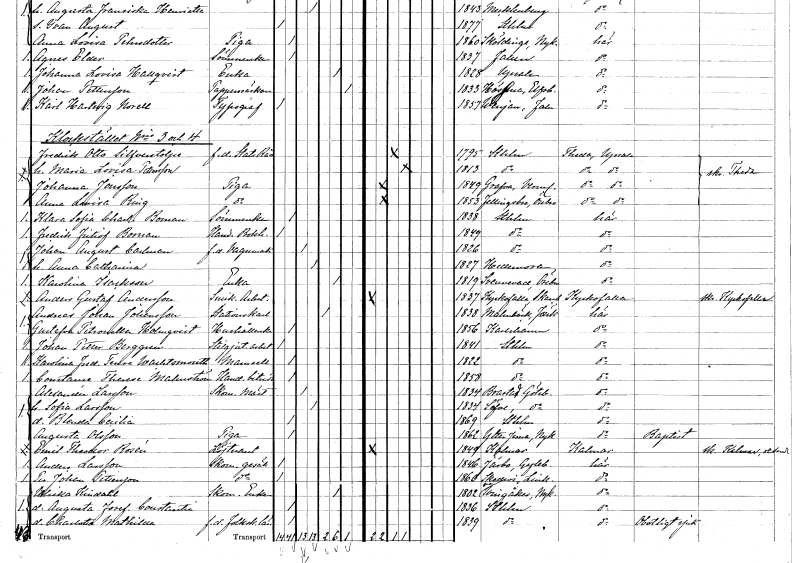
gt_parse: households: individuals: FN: Fredrik Otto
EN: Silfverstolpe
YRKE: Statsråd f.d.
KON: M
CIV: G
FODAR: 1795
FODFORS: Stockholm
FN: Maria Lovisa
EN: Pettersson
KON: K
CIV: G
FODAR: 1813
FODFORS: Stockholm
FN: Johanna
EN: Jonsson
YRKE: Piga
KON: K
CIV: O
FODAR: 1849
FODFORS: Grava Värmlands län
FN: Anna Lovisa
EN: Ring
YRKE: Piga
KON: K
CIV: O
FODAR: 1853
FODFORS: Fellingsbro Örebro län
FN: Klara Sofia Charlotta
EN: Boman
YRKE: Sömmerska
KON: K
CIV: O
FODAR: 1838
FODFORS: Stockholm
FN: Fredrik Fritiof
EN: Boman
YRKE: Handelsbokhållare
KON: M
CIV: O
FODAR: 1849
FODFORS: Stockholm
FN: Johan August
EN: Carlman
YRKE: Vagnmakare f.d.
KON: M
CIV: G
FODAR: 1826
FODFORS: Stockholm
FN: Anna Catharina
KON: K
CIV: G
FODAR: 1827
FODFORS: Hedemora Kopparbergs län
FN: Karolina
EN: Isackson
YRKE: Änka
KON: K
CIV: E
FODAR: 1819
FODFORS: Svennevad Örebro län
FN: Anders Gustaf
EN: Andersson
YRKE: Snickeriarbetare
KON: M
CIV: O
FODAR: 1837
FODFORS: Kyrkefalla Skaraborgs län
FN: Andreas Johan
EN: Johansson
YRKE: Stationskarl
KON: M
CIV: E
FODAR: 1838
FODFORS: Malmbäck Jönköpings län
FN: Gustafva Petronella
EN: Holmqvist
YRKE: Hushållerska
KON: K
CIV: O
FODAR: 1856
FODFORS: Karlshamn Blekinge län
FN: Johan Petter
EN: Berggren
YRKE: Stilgjuteriarbetare
KON: M
CIV: O
FODAR: 1841
FODFORS: Stockholm
FN: Karolina Fredrika Terese
EN: Wachtsmouth
KON: K
CIV: O
FODAR: 1822
FODFORS: Stockholm
FN: Constance Therese
EN: Malmström
YRKE: Handelsbiträde
KON: K
CIV: O
FODAR: 1858
FODFORS: Stockholm
FN: Alexander
EN: Larsson
YRKE: Skomakarmäster
KON: M
CIV: G
FODAR: 1834
FODFORS: Brastad Göteborgs- och Bohuslän
FN: Sofia
EN: Larsson
KON: K
CIV: G
FODAR: 1834
FODFORS: Säve Göteborgs- och Bohuslän
FN: Blenda Cecilia
KON: K
CIV: O
FODAR: 1869
FODFORS: Stockholm
FN: Augusta
EN: Olsson
YRKE: Piga
KON: K
CIV: O
FODAR: 1862
FODFORS: Ytterjärna Stockholms län
FN: Emil Theodor
EN: Rosén
YRKE: Löjtnant
KON: M
CIV: O
FODAR: 1849
FODFORS: Kalmar Kalmar län
FN: Anders
EN: Larsson
YRKE: Skomakaregesäll
KON: M
CIV: O
FODAR: 1846
FODFORS: Järbo Gävleborgs län
FN: Per Johan
EN: Pettersson
YRKE: Skomakaregesäll
KON: M
CIV: O
FODAR: 1860
FODFORS: Skedevi Östergötlands län
FN: Ulrika
EN: Kindahl
YRKE: Skomakareänka
KON: K
CIV: E
FODAR: 1802
FODFORS: Västra Vingåker Södermanlands län
FN: Augusta Josefina Constantia
KON: K
CIV: O
FODAR: 1836
FODFORS: Stockholm
FN: Charlotta Mathilda
YRKE: Folkskolelärarinna f.d.
KON: K
CIV: O
FODAR: 1839
FODFORS: Stockholm